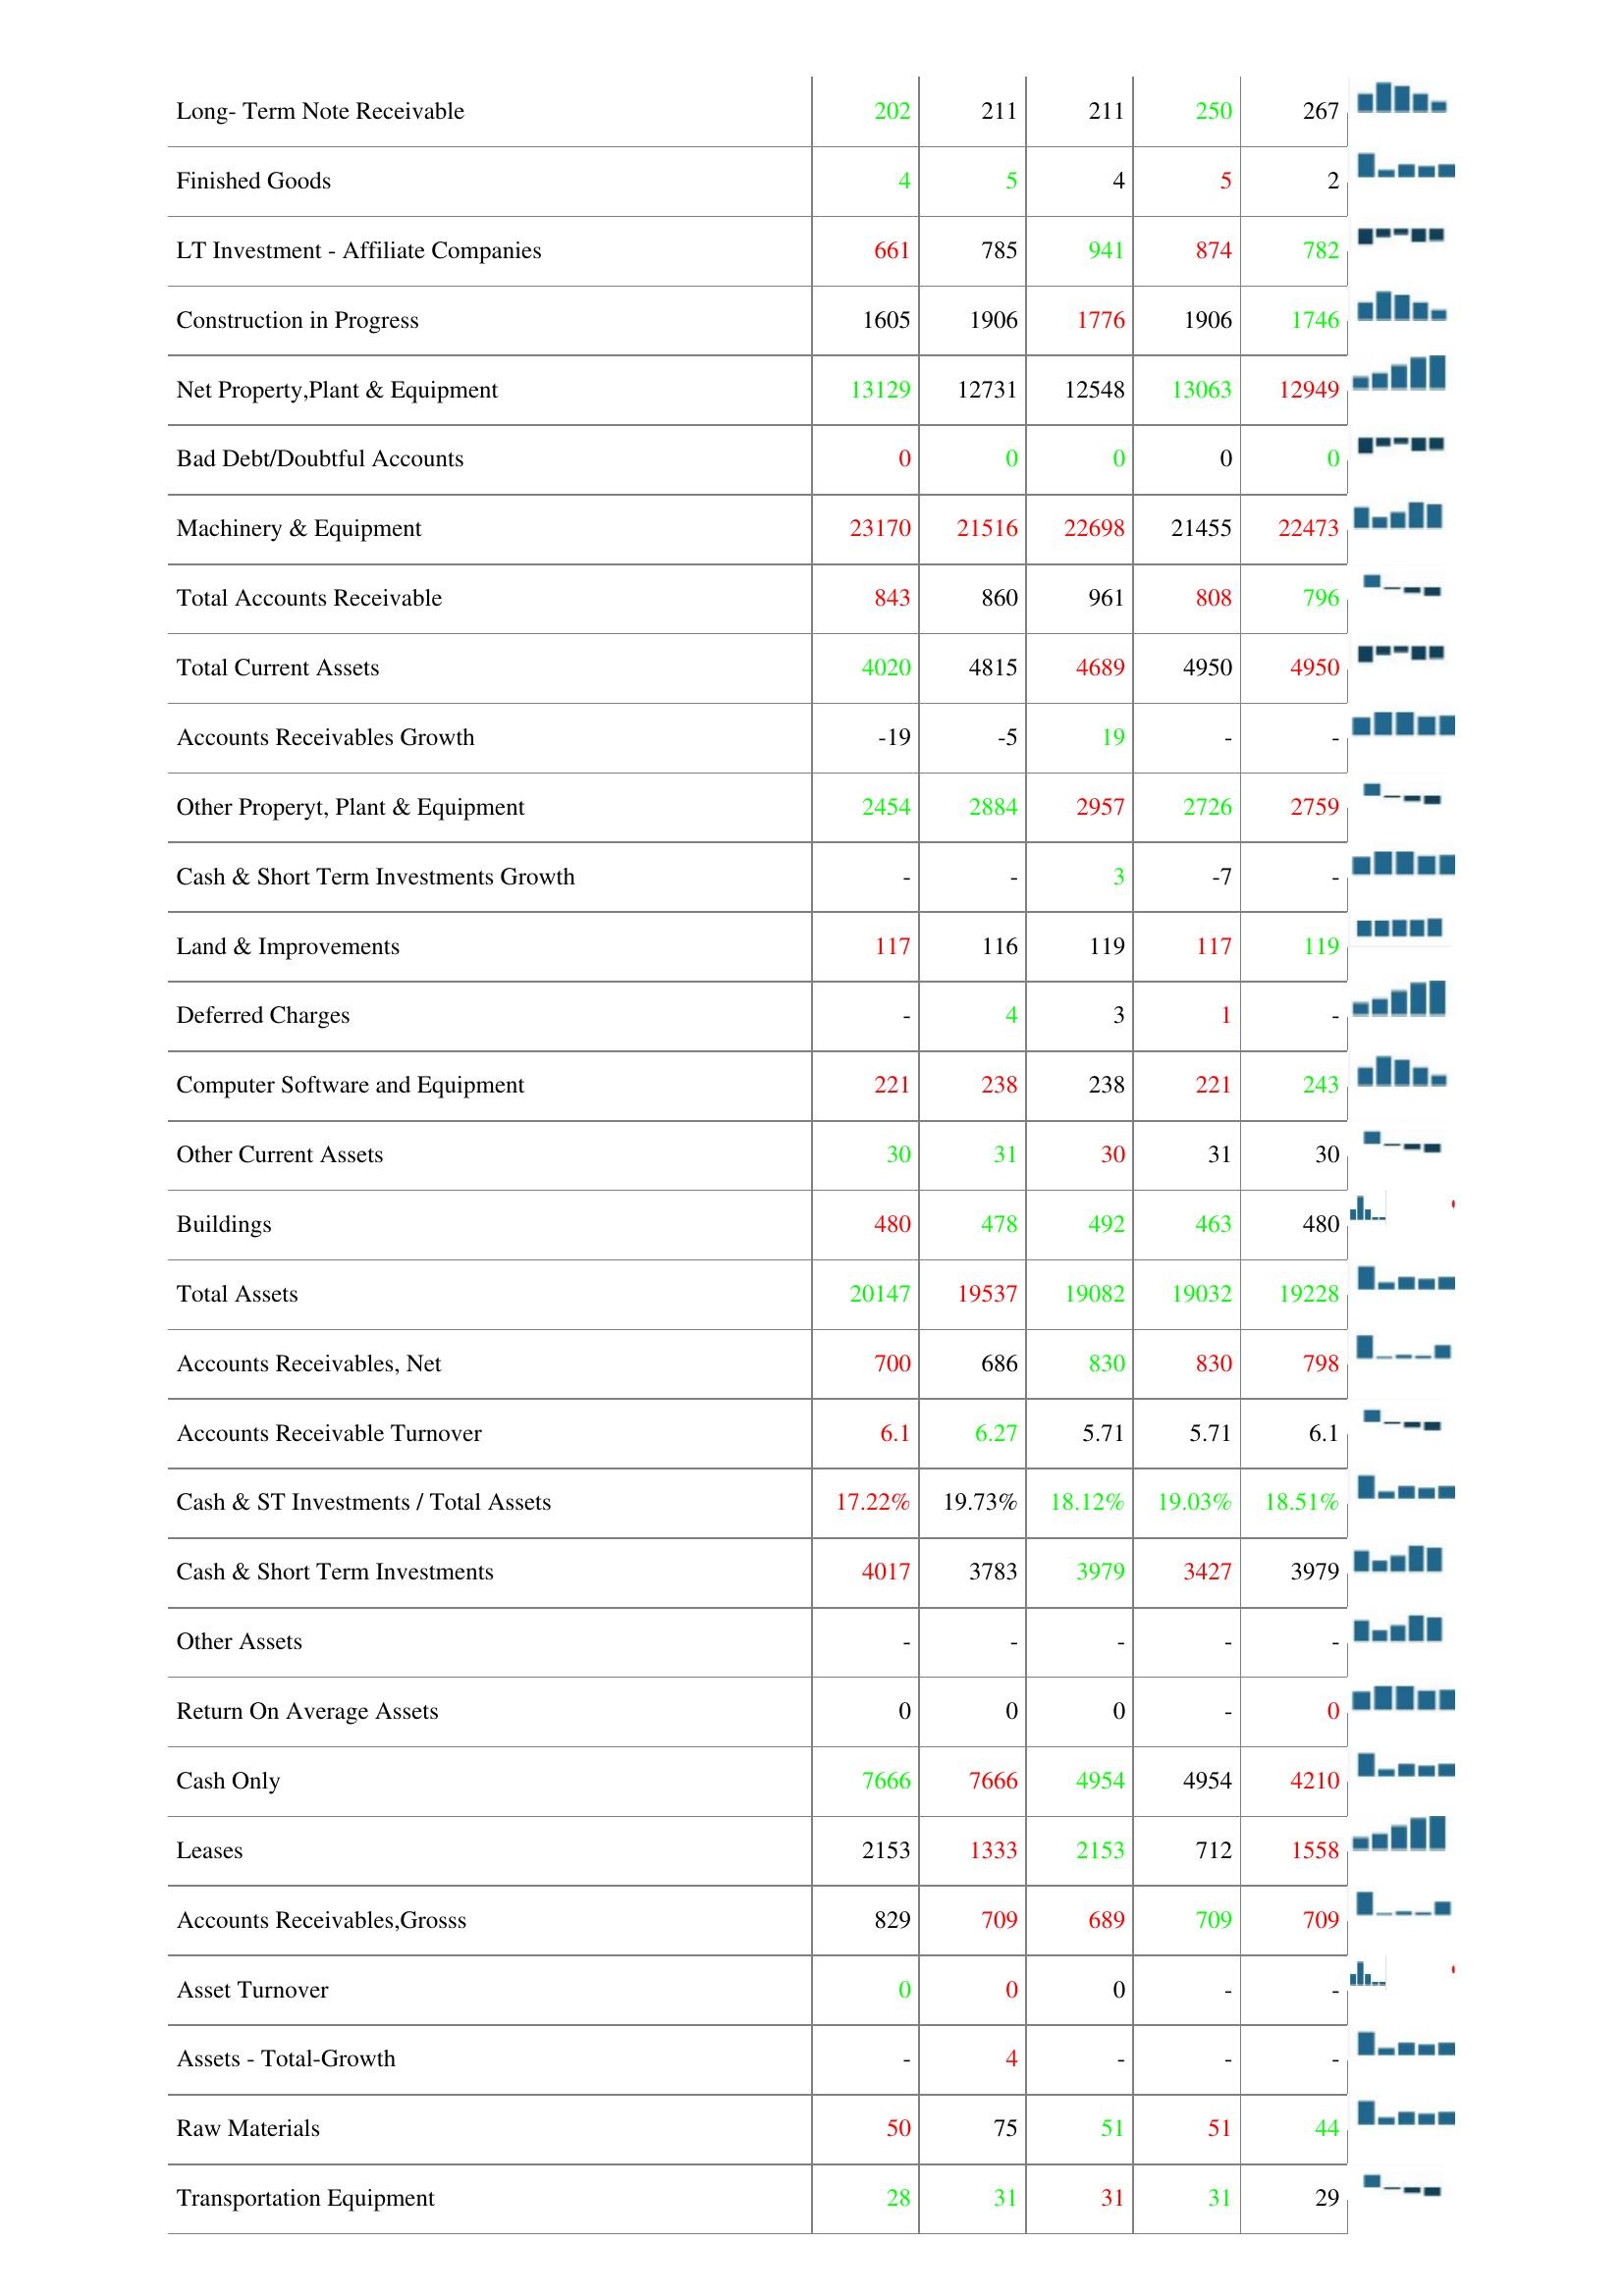
2009: Assets: Property, Plant & Equipment -Gross: 26894
Accumulated Depreciation: 16106
Other Receivables: 184
Total Investments and Advances: 849
Inventories: 66
Prepaid Expenses: 26
Long- Term Note Receivable: 202
Finished Goods: 4
LT Investment - Affiliate Companies: 661
Construction in Progress: 1605
Net Property,Plant & Equipment: 13129
Bad Debt/Doubtful Accounts: 0
Machinery & Equipment: 23170
Total Accounts Receivable: 843
Total Current Assets: 4020
Accounts Receivables Growth: -19
Other Properyt, Plant & Equipment: 2454
Cash & Short Term Investments Growth: -
Land & Improvements: 117
Deferred Charges: -
Computer Software and Equipment: 221
Other Current Assets: 30
Buildings: 480
Total Assets: 20147
Accounts Receivables, Net: 700
Accounts Receivable Turnover: 6.1
Cash & ST Investments / Total Assets: 17.22%
Cash & Short Term Investments: 4017
Other Assets: -
Return On Average Assets: 0
Cash Only: 7666
Leases: 2153
Accounts Receivables,Grosss: 829
Asset Turnover: 0
Assets - Total-Growth: -
Raw Materials: 50
Transportation Equipment: 28
2010: Assets: Property, Plant & Equipment -Gross: 26894
Accumulated Depreciation: 17797
Other Receivables: 136
Total Investments and Advances: 770
Inventories: 45
Prepaid Expenses: 29
Long- Term Note Receivable: 211
Finished Goods: 5
LT Investment - Affiliate Companies: 785
Construction in Progress: 1906
Net Property,Plant & Equipment: 12731
Bad Debt/Doubtful Accounts: 0
Machinery & Equipment: 21516
Total Accounts Receivable: 860
Total Current Assets: 4815
Accounts Receivables Growth: -5
Other Properyt, Plant & Equipment: 2884
Cash & Short Term Investments Growth: -
Land & Improvements: 116
Deferred Charges: 4
Computer Software and Equipment: 238
Other Current Assets: 31
Buildings: 478
Total Assets: 19537
Accounts Receivables, Net: 686
Accounts Receivable Turnover: 6.27
Cash & ST Investments / Total Assets: 19.73%
Cash & Short Term Investments: 3783
Other Assets: -
Return On Average Assets: 0
Cash Only: 7666
Leases: 1333
Accounts Receivables,Grosss: 709
Asset Turnover: 0
Assets - Total-Growth: 4
Raw Materials: 75
Transportation Equipment: 31
2011: Assets: Property, Plant & Equipment -Gross: 30290
Accumulated Depreciation: 15263
Other Receivables: 83
Total Investments and Advances: 824
Inventories: 60
Prepaid Expenses: 25
Long- Term Note Receivable: 211
Finished Goods: 4
LT Investment - Affiliate Companies: 941
Construction in Progress: 1776
Net Property,Plant & Equipment: 12548
Bad Debt/Doubtful Accounts: 0
Machinery & Equipment: 22698
Total Accounts Receivable: 961
Total Current Assets: 4689
Accounts Receivables Growth: 19
Other Properyt, Plant & Equipment: 2957
Cash & Short Term Investments Growth: 3
Land & Improvements: 119
Deferred Charges: 3
Computer Software and Equipment: 238
Other Current Assets: 30
Buildings: 492
Total Assets: 19082
Accounts Receivables, Net: 830
Accounts Receivable Turnover: 5.71
Cash & ST Investments / Total Assets: 18.12%
Cash & Short Term Investments: 3979
Other Assets: -
Return On Average Assets: 0
Cash Only: 4954
Leases: 2153
Accounts Receivables,Grosss: 689
Asset Turnover: 0
Assets - Total-Growth: -
Raw Materials: 51
Transportation Equipment: 31
2012: Assets: Property, Plant & Equipment -Gross: 26865
Accumulated Depreciation: 16106
Other Receivables: 136
Total Investments and Advances: 702
Inventories: 50
Prepaid Expenses: 26
Long- Term Note Receivable: 250
Finished Goods: 5
LT Investment - Affiliate Companies: 874
Construction in Progress: 1906
Net Property,Plant & Equipment: 13063
Bad Debt/Doubtful Accounts: 0
Machinery & Equipment: 21455
Total Accounts Receivable: 808
Total Current Assets: 4950
Accounts Receivables Growth: -
Other Properyt, Plant & Equipment: 2726
Cash & Short Term Investments Growth: -7
Land & Improvements: 117
Deferred Charges: 1
Computer Software and Equipment: 221
Other Current Assets: 31
Buildings: 463
Total Assets: 19032
Accounts Receivables, Net: 830
Accounts Receivable Turnover: 5.71
Cash & ST Investments / Total Assets: 19.03%
Cash & Short Term Investments: 3427
Other Assets: -
Return On Average Assets: -
Cash Only: 4954
Leases: 712
Accounts Receivables,Grosss: 709
Asset Turnover: -
Assets - Total-Growth: -
Raw Materials: 51
Transportation Equipment: 31
2013: Assets: Property, Plant & Equipment -Gross: 26913
Accumulated Depreciation: 15263
Other Receivables: 201
Total Investments and Advances: 849
Inventories: 51
Prepaid Expenses: 26
Long- Term Note Receivable: 267
Finished Goods: 2
LT Investment - Affiliate Companies: 782
Construction in Progress: 1746
Net Property,Plant & Equipment: 12949
Bad Debt/Doubtful Accounts: 0
Machinery & Equipment: 22473
Total Accounts Receivable: 796
Total Current Assets: 4950
Accounts Receivables Growth: -
Other Properyt, Plant & Equipment: 2759
Cash & Short Term Investments Growth: -
Land & Improvements: 119
Deferred Charges: -
Computer Software and Equipment: 243
Other Current Assets: 30
Buildings: 480
Total Assets: 19228
Accounts Receivables, Net: 798
Accounts Receivable Turnover: 6.1
Cash & ST Investments / Total Assets: 18.51%
Cash & Short Term Investments: 3979
Other Assets: -
Return On Average Assets: 0
Cash Only: 4210
Leases: 1558
Accounts Receivables,Grosss: 709
Asset Turnover: -
Assets - Total-Growth: -
Raw Materials: 44
Transportation Equipment: 29